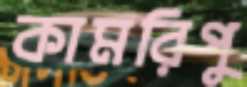
কামরিপু